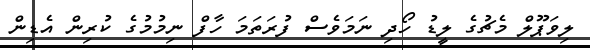
ލިވަޕޫލް މެޗުގެ ލީޑު ހޯދި ނަމަވެސް ފުރަތަމަ ހާފް ނިމުމުގެ ކުރިން އެޑިން